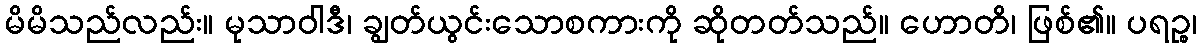
မိမိသည်လည်း။ မုသာဝါဒီ၊ ချွတ်ယွင်းသောစကားကို ဆိုတတ်သည်။ ဟောတိ၊ ဖြစ်၏။ ပရဉ္စ၊